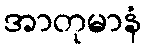
အာတုမာနံ